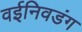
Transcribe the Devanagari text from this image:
वईनिवडंग